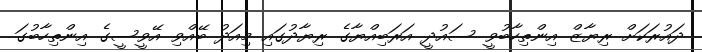
ދައުރަކަށް ރިޔާޒް އިންތިހާބުވީ ސައުދީ އަރަބިއްޔާގެ ރިޔާދުގައި މިއަދު ބޭއްވި އޭވީސީގެ އިންތިހާބުގަ